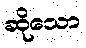
ဆိုသော